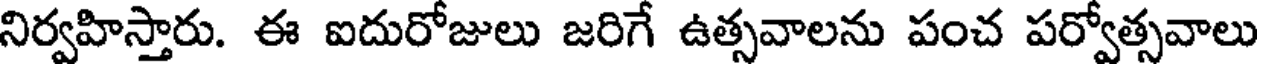
నిర్వహిస్తారు. ఈ ఐదురోజులు జరిగే ఉత్సవాలను పంచ పర్వోత్సవాలు